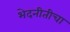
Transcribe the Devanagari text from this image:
भेदनीतीचा